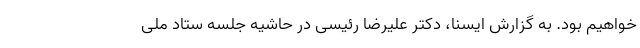
خواهیم بود. به گزارش ایسنا، دکتر علیرضا رئیسی در حاشیه جلسه ستاد ملی